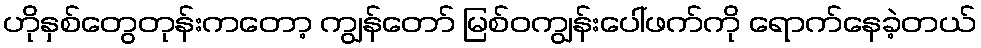
ဟိုနှစ်တွေတုန်းကတော့ ကျွန်တော် မြစ်ဝကျွန်းပေါ်ဖက်ကို ရောက်နေခဲ့တယ်